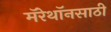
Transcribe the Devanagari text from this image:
मॅरेथॉनसाठी